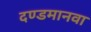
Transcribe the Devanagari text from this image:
दण्डमानवा